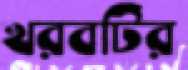
খরবটির